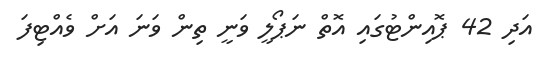
އަދި 42 ޕޮއިންޓުގައި އޮތް ނަޕޯލީ ވަނީ ތިން ވަނަ އަށް ވެއްޓިފަ